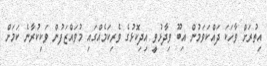
އިތުރަށް ވާހަކަ ދައްކަވަމުން އިބޫ ވިދާޅުވީ އިދިކޮޅުގެ ވެރިކަމެއްގައި މުވައްޒަފުން ވަކިކުރާނެ ކަމަށް